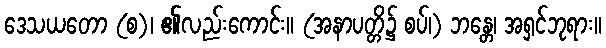
ဒေသယတော (စ)၊ ၏လည်းကောင်း။ (အနာပတ္တိ၌ စပ်၊) ဘန္တေ၊ အရှင်ဘုရား။